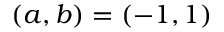
( a , b ) = ( - 1 , 1 )